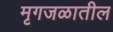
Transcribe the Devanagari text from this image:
मृगजळातील